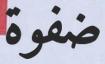
ضفوة